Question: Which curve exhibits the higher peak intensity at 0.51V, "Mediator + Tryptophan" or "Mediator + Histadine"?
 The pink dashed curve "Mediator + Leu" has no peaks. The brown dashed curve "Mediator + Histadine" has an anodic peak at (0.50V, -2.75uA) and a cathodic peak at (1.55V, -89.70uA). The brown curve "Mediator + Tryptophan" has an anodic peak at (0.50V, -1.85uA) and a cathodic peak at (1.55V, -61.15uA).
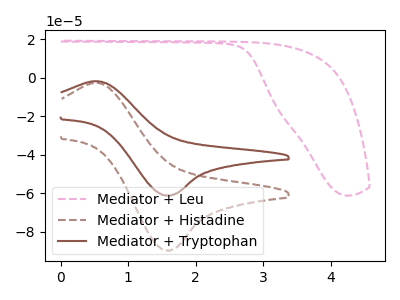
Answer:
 <answer>The peak at 0.51V is higher in "Mediator + Tryptophan" than in "Mediator + Histadine".</answer>
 <eval>higher</eval>